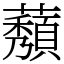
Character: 𬟒